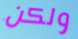
ولكن